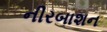
નીરબાશન